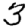
Digit: 3